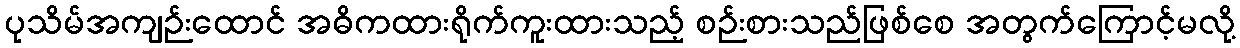
ပုသိမ်အကျဉ်းထောင် အဓိကထားရိုက်ကူးထားသည့် စဉ်းစားသည်ဖြစ်စေ အတွက်ကြောင့်မလို့